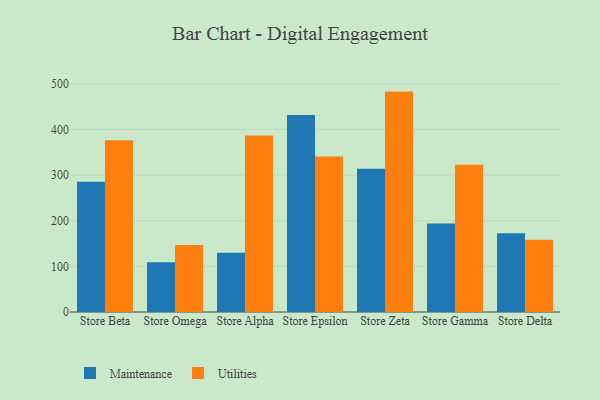
{"axis": {"x": "Store", "y": "LTV (USD)"}, "legend": ["Maintenance", "Utilities"], "data": [{"x": "Store Beta", "y": 285.3, "type": "Maintenance"}, {"x": "Store Beta", "y": 376.2, "type": "Utilities"}, {"x": "Store Omega", "y": 109.1, "type": "Maintenance"}, {"x": "Store Omega", "y": 146.7, "type": "Utilities"}, {"x": "Store Alpha", "y": 129.9, "type": "Maintenance"}, {"x": "Store Alpha", "y": 386.5, "type": "Utilities"}, {"x": "Store Epsilon", "y": 431.6, "type": "Maintenance"}, {"x": "Store Epsilon", "y": 340.8, "type": "Utilities"}, {"x": "Store Zeta", "y": 313.6, "type": "Maintenance"}, {"x": "Store Zeta", "y": 482.8, "type": "Utilities"}, {"x": "Store Gamma", "y": 193.7, "type": "Maintenance"}, {"x": "Store Gamma", "y": 322.3, "type": "Utilities"}, {"x": "Store Delta", "y": 172.5, "type": "Maintenance"}, {"x": "Store Delta", "y": 158.3, "type": "Utilities"}]}